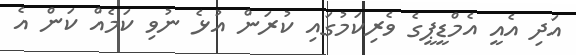
އަދި އެއީ އެމްޑީޕީގެ ވެރިކަމުގައި ކުރަން އުޅެ ނުވި ކަމެއް ކަން އެ